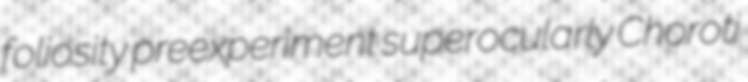
foliosity preexperiment superocularly Choroti